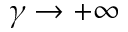
\gamma \rightarrow + \infty